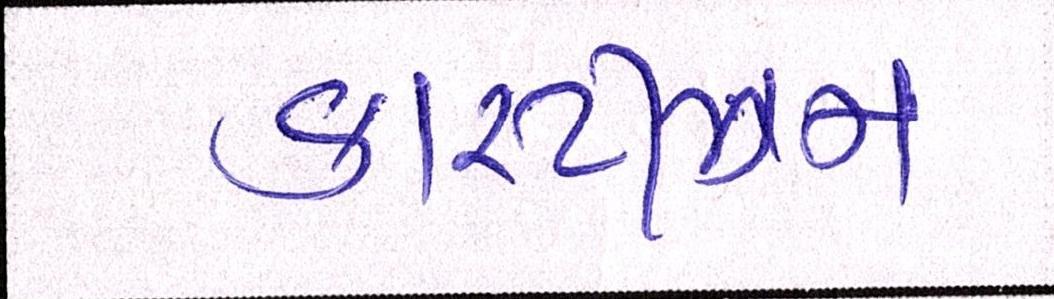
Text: કાસ્ટીઝમ